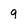
Character: g